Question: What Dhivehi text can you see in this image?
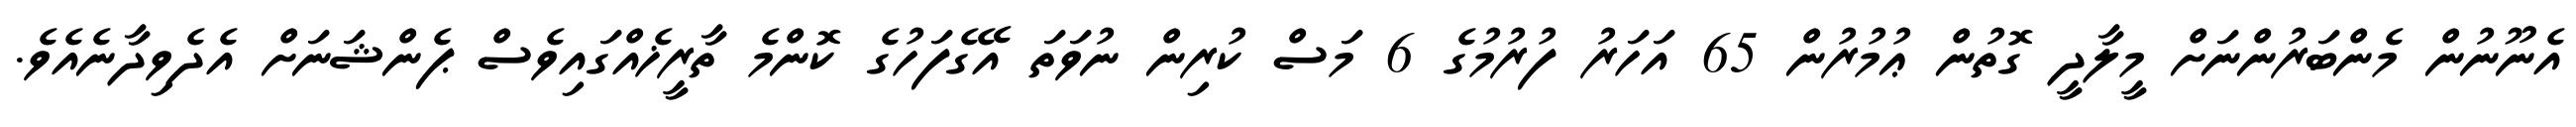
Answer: އެނޫނުން މެންބަރުންނަށް މީލާދީ ގޮތުން ޢުމުރުން 65 އަހަރު ފުރުމުގެ 6 މަސް ކުރިން ނުވަތަ އޭގެފަހުގެ ކޮންމެ ތާރީޚެއްގައިވެސް ޕެންޝަނަށް އެދެވިދާނެއެވެ.